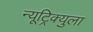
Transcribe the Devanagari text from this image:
न्यूट्रिक्युला